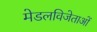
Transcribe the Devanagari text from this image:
मेडलविजेताओं